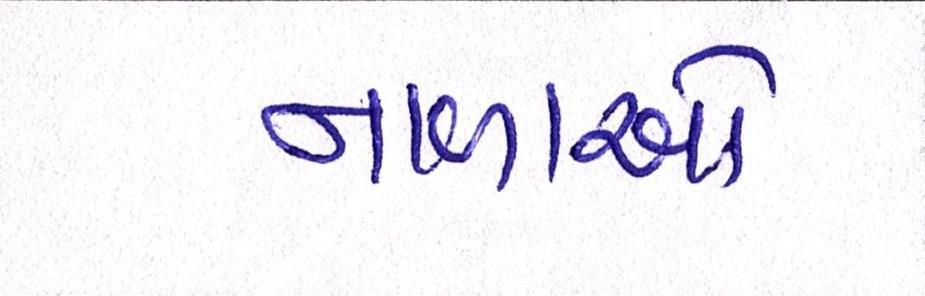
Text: નાળાઓ